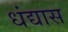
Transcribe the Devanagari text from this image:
धंद्यास